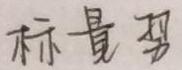
标量积